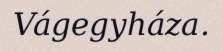
Vágegyháza.